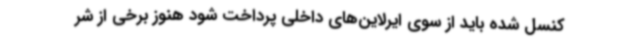
کنسل شده باید از سوی ایرلاین‌های داخلی پرداخت شود هنوز برخی از شر